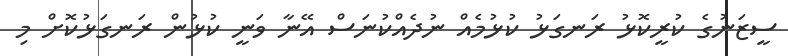
ސީޒަނުގެ ކުރީކޮޅު ރަނގަޅު ކުޅުމެއް ނުދެއްކުނަސް އޭނާ ވަނީ ކުޅުން ރަނގަޅުކޮށް މި